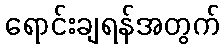
ရောင်းချရန်အတွက်